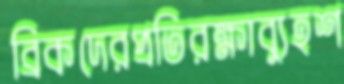
ব্রিকদেরপ্রতিরক্ষাব্যুহশ